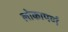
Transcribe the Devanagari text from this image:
लोकापर्ण